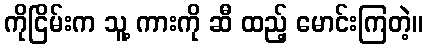
ကိုငြိမ်းက သူ့ ကားကို ဆီ ထည့် မောင်းကြတဲ့။